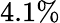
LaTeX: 4.1\%